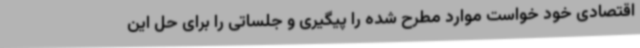
اقتصادی خود خواست موارد مطرح شده را پیگیری و جلساتی را برای حل این